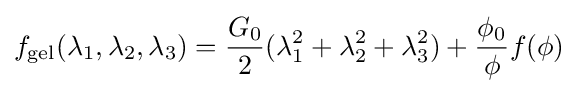
f_{\text{gel}}(\lambda _{1},\lambda _{2},\lambda _{3})={\frac {G_{0}}{2}}(\lambda _{1}^{2}+\lambda _{2}^{2}+\lambda _{3}^{2})+{\frac {\phi _{0}}{\phi }}f(\phi )